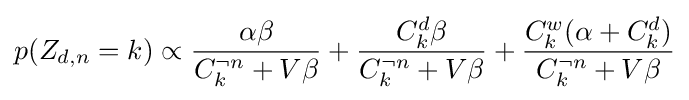
p(Z_{d,n}=k)\propto {\frac {\alpha \beta }{C_{k}^{\neg n}+V\beta }}+{\frac {C_{k}^{d}\beta }{C_{k}^{\neg n}+V\beta }}+{\frac {C_{k}^{w}(\alpha +C_{k}^{d})}{C_{k}^{\neg n}+V\beta }}